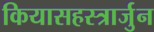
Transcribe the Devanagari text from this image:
कियासहस्त्रार्जुन